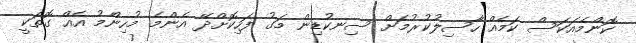
ކޮންމެއަކަސް ކަމެއް ހާސިލުކުރުމަށް ސިނކުޑިން މަގު ފަހިކޮށްދޭ އެންމެ މުހިންމު އެއް ގޮތަކީ